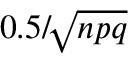
\textstyle { 0 . 5 } / \! { \sqrt { n p q } }